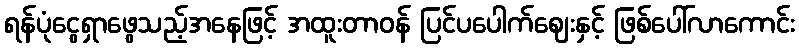
ရန်ပုံငွေရှာဖွေသည့်အနေဖြင့် အထူးတာဝန် ပြင်ပပေါက်ဈေးနှင့် ဖြစ်ပေါ်လာကောင်း